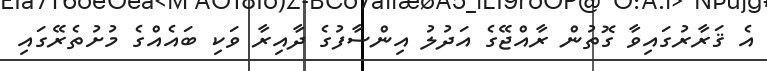
އެ ޤަރާރުގައިވާ ގޮތުން ރާއްޖޭގެ އަދުލު އިންސާފުގެ ދާއިރާ ވަކި ބައެއްގެ މުށުތެރޭގައި